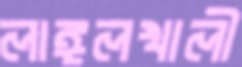
লাঙ্গলখালী